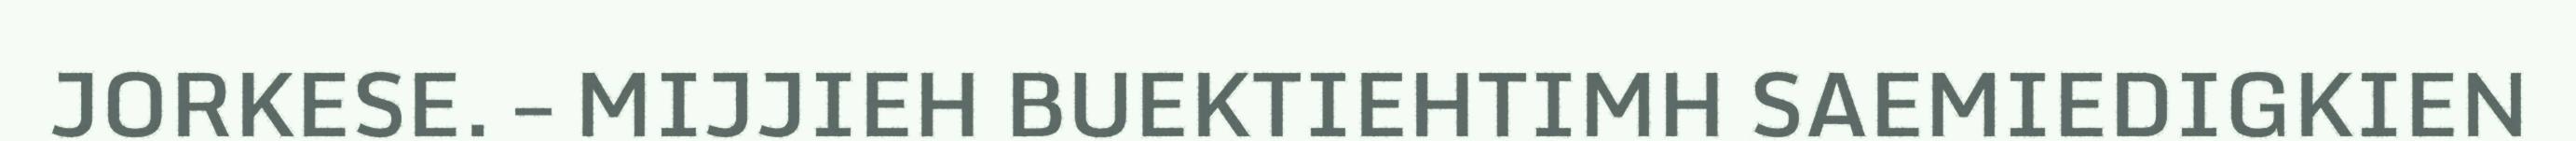
JORKESE. – MIJJIEH BUEKTIEHTIMH SAEMIEDIGKIEN